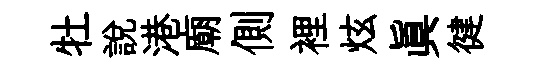
牡説港廟側裡炫眞徤